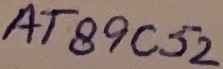
Text: AT89C52